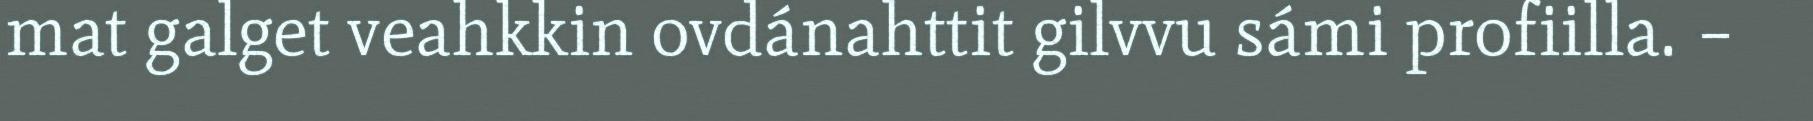
mat galget veahkkin ovdánahttit gilvvu sámi profiilla. –